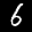
Label: 6